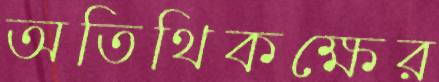
অতিথিকক্ষের